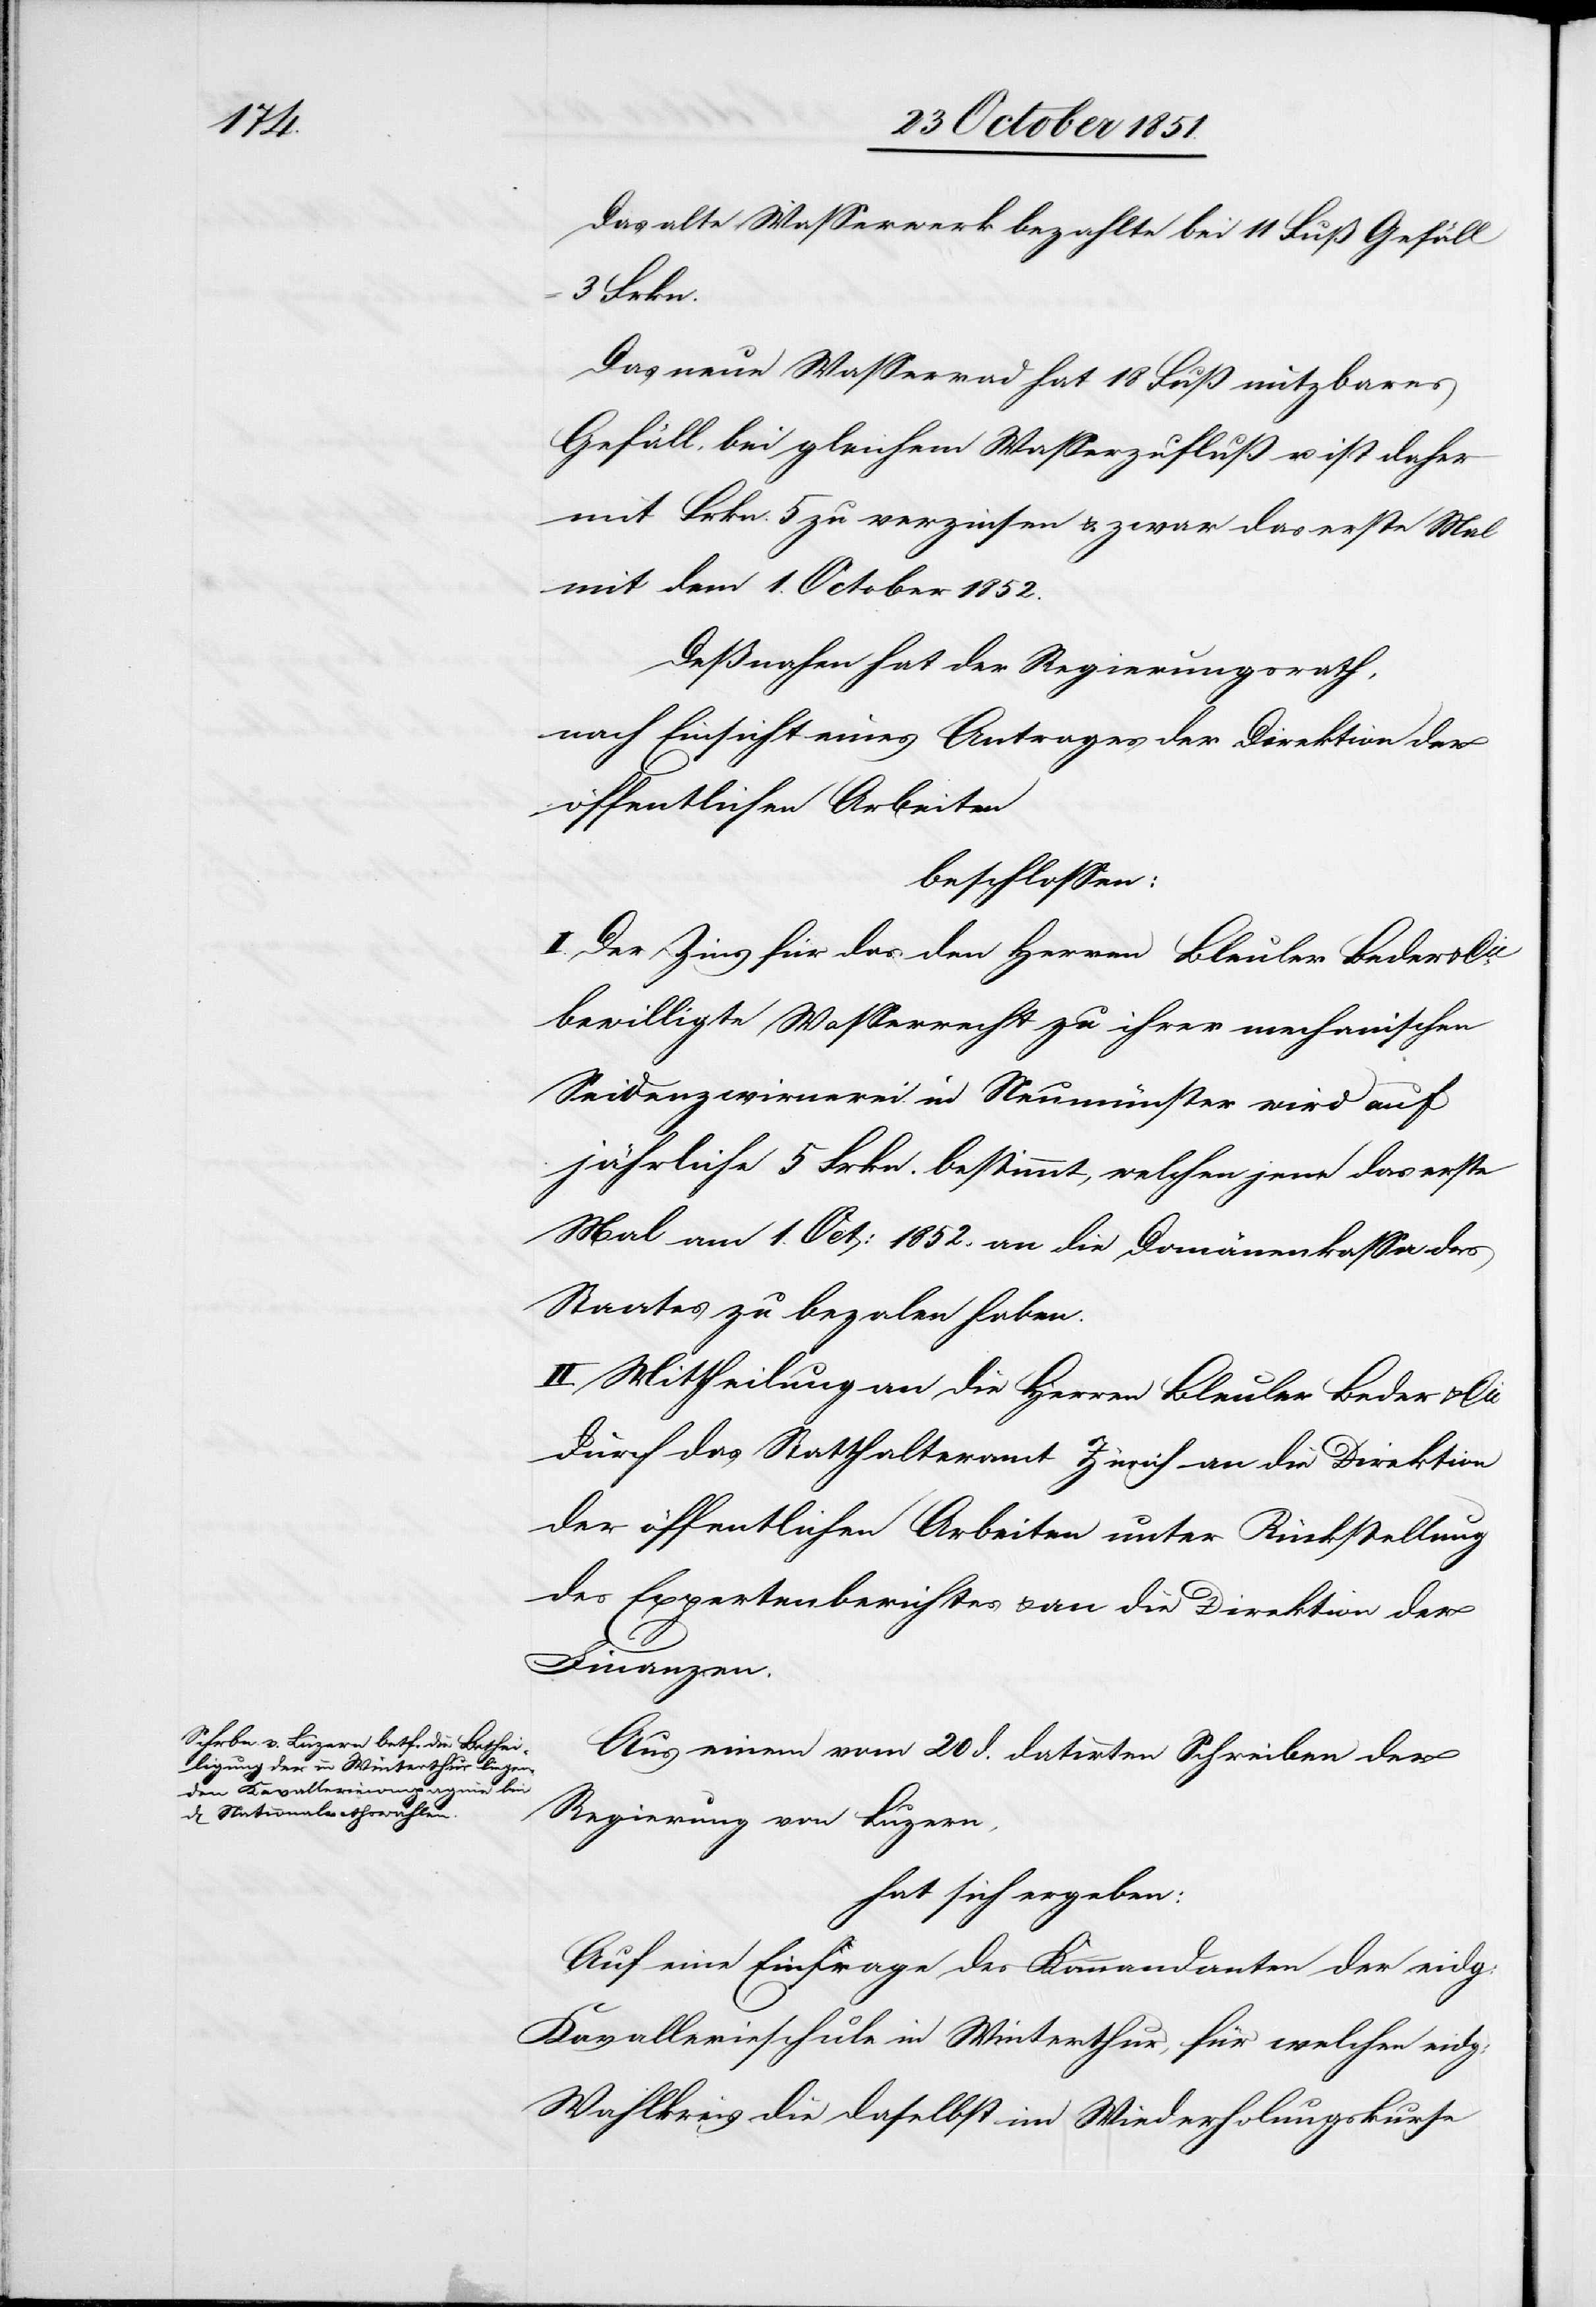
Das alte Wasserwerk bezahlte bei 11 Fuß Gefäll
3 Frkn.
Das neue Wasserrad hat 18 Fuß nutzbares
Gefäll, bei gleichem Wasserzufluß u. ist daher
mit Frkn. 5 zu verzinsen & zwar das erste Mal
mit dem 1. October 1852.
Deßnahen hat der Regierungsrath,
nach Einsicht eines Antrages der Direktion der
öffentlichen Arbeiten
beschlossen:
I. Der Zins für das den Herren Bleuler Beder & Cie.
bewilligte Wasserrecht zu ihrer mechanischen
Seidenzwirnerei in Neumünster wird auf
jährliche 5 Frkn. bestimmt, welchen jene das erste
Mal am 1. Oct: 1852. an die Domänenkassa des
Staates zu beza[h]len haben.
II. Mittheilung an die Herren Bleuler Beder & Cie.
durch das Statthalteramt Zürich[,] an die Direktion
der öffentlichen Arbeiten unter Rückstellung
des Expertenberichtes & an die Direktion der
Finanzen.
Aus einem vom 20 d. datirten Schreiben der
Regierung von Luzern,
hat sich ergeben:
Auf eine Einfrage des Kommandanten der eidg:
Kavallerieschule in Winterthur, für welchen eidg:
Wahlkreis die daselbst im Wiederholungskurse